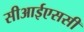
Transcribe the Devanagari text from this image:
सीआईएससी